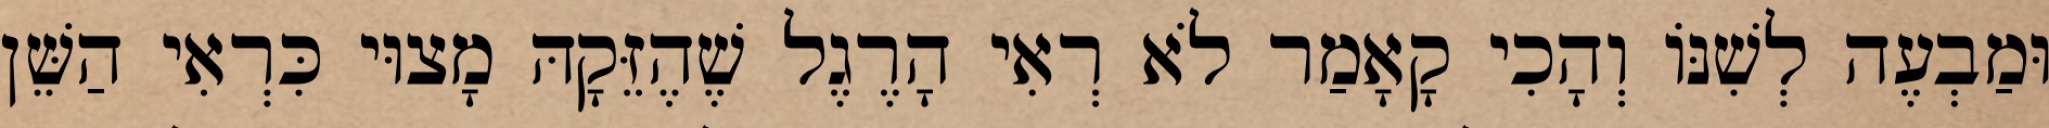
וּמַבְעֶה לְשִׁנּוֹ וְהָכִי קָאָמַר לֹא רְאִי הָרֶגֶל שֶׁהֶזֵּקָהּ מָצוּי כִּרְאִי הַשֵּׁן